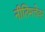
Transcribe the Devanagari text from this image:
नीतिमत्तेवर